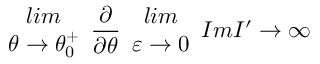
\begin{array} { c } { { l i m } } \\ { { \theta \rightarrow \theta _ { 0 } ^ { + } } } \end{array} \frac { \partial } { \partial \theta } \begin{array} { c } { { l i m } } \\ { { \varepsilon \rightarrow 0 } } \end{array} I m I ^ { \prime } \rightarrow \infty